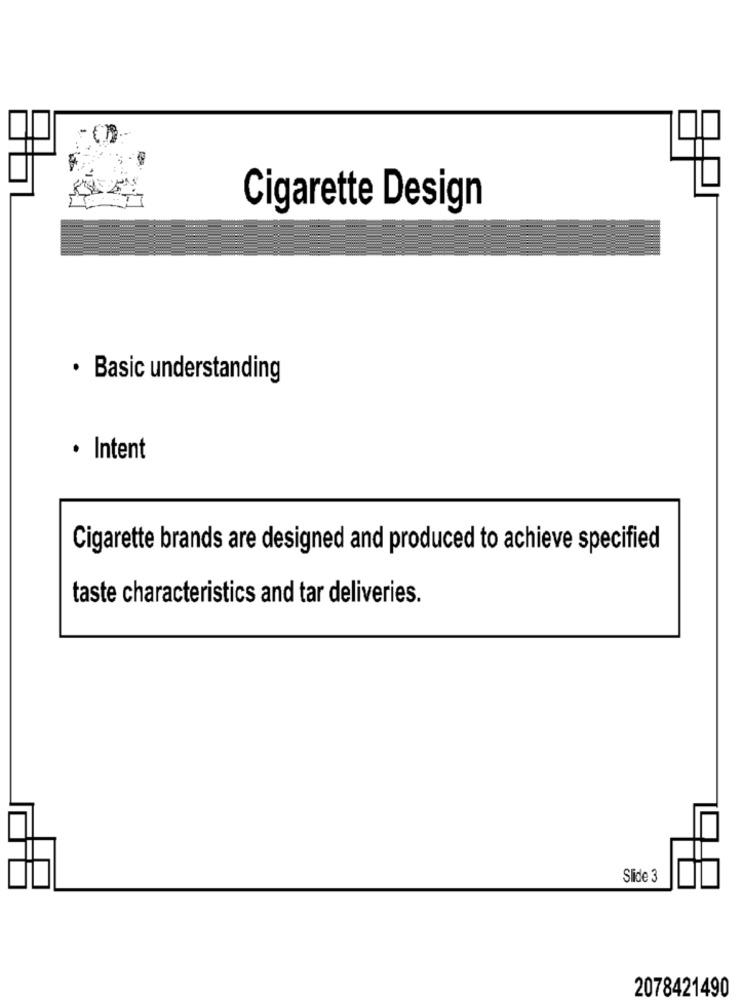
Cigarette Design
· Basic understanding
· Intent
Cigarette brands are designed and produced to achieve specified
taste characteristics and tar deliveries.
Slide 3
2078421490